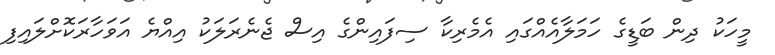
މީހަކު ދިން ބަޑީގެ ހަމަލާއެއްގައި އެމެރިކާ ސިފައިންގެ އިސް ޖެނެރަލަކު އިއްޔެ އަވަހާރަކޮށްލައިފި